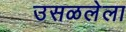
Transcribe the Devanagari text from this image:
उसळलेला